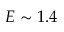
E \sim 1 . 4